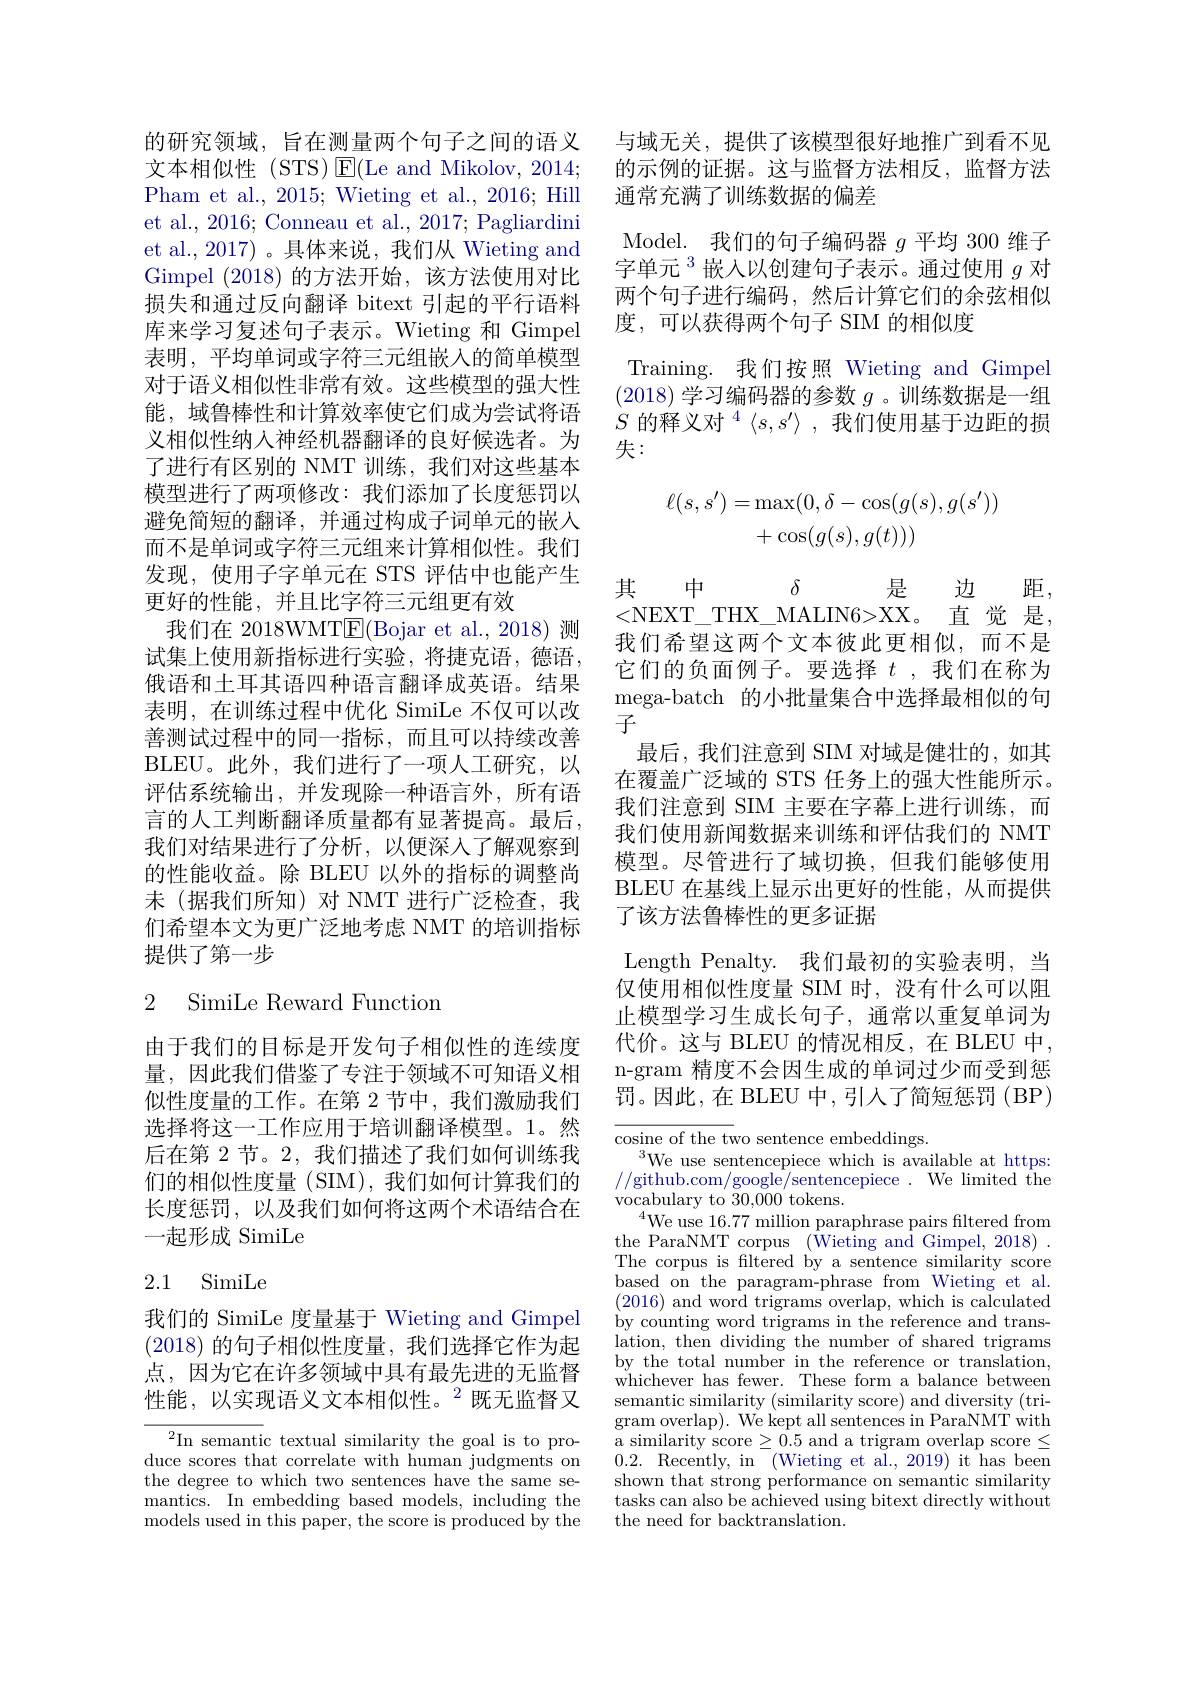
的研究领域，旨在测量两个句子之间的语义文本相似性(STS)$\operatorname{E}($Le and Mikolov, 2014; Pham et al., 2015; Wieting et al., 2016; Hill et al., 2016; Conneau et al., 2017; Pagliardini et al., 2017) 。具体来说，我们从 Wieting and Gimpel (2018)的方法开始，该方法使用对比损失和通过反向翻译 bitext 引起的平行语料库来学习复述句子表示。Wieting 和 Gimpel 表明，平均单词或字符三元组嵌入的简单模型对于语义相似性非常有效。这些模型的强大性能，域鲁棒性和计算效率使它们成为尝试将语义相似性纳入神经机器翻译的良好候选者。为了进行有区别的 NMT 训练，我们对这些基本模型进行了两项修改：我们添加了长度惩罚以避免简短的翻译，并通过构成子词单元的嵌入而不是单词或字符三元组来计算相似性。我们发现，使用子字单元在 STS 评估中也能产生更好的性能，并且比字符三元组更有效
我们在 2018WMT$\underline{\mathrm{E}}($Bojar et al., 2018) 测试集上使用新指标进行实验，将捷克语，德语， 俄语和土耳其语四种语言翻译成英语。结果表明，在训练过程中优化 SimiLe 不仅可以改善测试过程中的同一指标，而且可以持续改善BLEU。此外，我们进行了一项人工研究，以评估系统输出，并发现除一种语言外，所有语言的人工判断翻译质量都有显著提高。最后， 我们对结果进行了分析，以便深入了解观察到的性能收益。除 BLEU 以外的指标的调整尚末(据我们所知)对 NMT 进行广泛检查，我们希望本文为更广泛地考虑 NMT 的培训指标提供了第一步

# 2 SimiLe Reward Function

由于我们的目标是开发句子相似性的连续度量，因此我们借鉴了专注于领域不可知语义相似性度量的工作。在第 2 节中，我们激励我们选择将这一工作应用于培训翻译模型。1。然后在第 2 节。2, 我们描述了我们如何训练我们的相似性度量(SIM),我们如何计算我们的长度惩罚，以及我们如何将这两个术语结合在一起形成 SimiLe

# 2.1 SimiLe

我们的 SimiLe 度量基于 Wieting and Gimpel (2018)的句子相似性度量，我们选择它作为起点，因为它在许多领域中具有最先进的无监督性能，以实现语义文本相似性。$^2$既无监督又

$^{2}$In semantic textual similarity the goal is to produce scores that correlate with human judgments on the degree to which two sentences have the same semantics. In embedding based models, including the models used in this paper, the score is produced by the

与域无关，提供了该模型很好地推广到看不见的示例的证据。这与监督方法相反，监督方法通常充满了训练数据的偏差
Model. 我们的句子编码器$g$平均 300 维子字单元$^{3}$嵌人以创建句子表示。通过使用 $g$ 对两个句子进行编码，然后计算它们的余弦相似度，可以获得两个句子 SIM 的相似度
Training. 我们按照 Wieting and Gimpel (2018)学习编码器的参数$g$ 。训练数据是一组$S\text{ 的 释 义 对 }^4\langle s, s^{\prime }\rangle$ ,我们使用基于边距的损失：
$$\begin{aligned}\ell(s,s')&=\max(0,\delta-\cos(g(s),g(s'))\\&+\cos(g(s),g(t)))\end{aligned}$$
其
$\delta$
$\begin{array}{ccc}{\text{其}}&{中}&{\delta}&{\text{是}}&{\text{边 距},}\\{<\mathrm{NEXT\_THX\_MALIN6>XX。}}&{\text{直 觉 是},}\end{array}$ 我们希望这两个文本彼此更相似，而不是它们的负面例子。要选择$t$,我们在称为mega-batch 的小批量集合中选择最相似的句子
最后，我们注意到 SIM 对域是健壮的，如其在覆盖广泛域的 STS 任务上的强大性能所示。我们注意到 SIM 主要在字幕上进行训练，而我们使用新闻数据来训练和评估我们的 NMT 模型。尽管进行了域切换，但我们能够使用BLEU 在基线上显示出更好的性能，从而提供了该方法鲁棒性的更多证据
Length Penalty. 我们最初的实验表明，当仅使用相似性度量 SIM 时，没有什么可以阻止模型学习生成长句子，通常以重复单词为代价。这与 BLEU 的情况相反，在 BLEU 中， n-gram 精度不会因生成的单词过少而受到惩罚。因此，在 BLEU 中，引人了简短惩罚 ( BP)

${\overline{\text{cosine of the two sentence embeddings.}}}$
We use sentencepiece which is available at https: //github.com/google/sentencepiece .We limited the vocabulary to'30,000 tokens.
$^{4}$We use 16.77 million paraphrase pairs filtered from the ParaNMT corpus (Wieting and Gimpel, 2018) . The corpus is filtered by a sentence similarity score based on the paragram-phrase from Wieting et al. (2016) and word trigrams overlap, which is calculated by counting word trigrams in the reference and translation, then dividing the number of shared trigrams by the total number in the reference or translation, whichever has fewer. These form a balance between semantic similarity (similarity score) and diversity (trigram overlap). We kept all sentences in ParaNMT with a similarity score $\geq0.5$ and a trigram overlap score $\leq$ 0.2. Recently, in (Wieting et al., 2019) it has been shown that strong performance on semantic similarity tasks can also be achieved using bitext directly without the need for backtranslation.